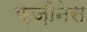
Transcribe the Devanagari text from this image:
फ़ज़ीनेस